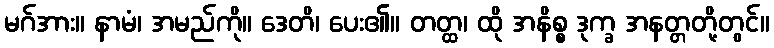
မဂ်အား။ နာမံ၊ အမည်ကို။ ဒေတိ၊ ပေး၏။ တတ္ထ၊ ထို အနိစ္စ ဒုက္ခ အနတ္တတို့တွင်။